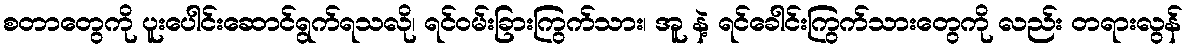
စတာတွေကို ပူးပေါင်းဆောင်ရွက်ရသလို၊ ရင်ဝမ်းခြားကြွက်သား၊ အူ နဲ့ ရင်ခေါင်းကြွက်သားတွေကို လည်း တရားလွန်